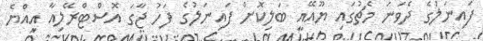
ފައިނަލުގެ ދެވަނަ މެޗުގައި ޔޫއޭއީ ބަލިކޮށް ފައިނަލުގެ ފަހު ޖާގަ އޮސްޓްރޭލިއާ އިއްޔެ